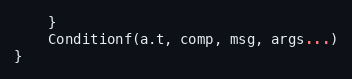
Language: Go
	}
	Conditionf(a.t, comp, msg, args...)
}